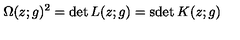
\Omega ( z ; g ) ^ { 2 } = \det L ( z ; g ) = \mathrm { s d e t } \: K ( z ; g )